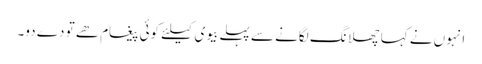
انہوں نے کہا چھلانگ لگانے سے پہلے بیوی کیلئے کوئی پیغام ھے تو دے دو۔